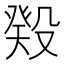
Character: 𬆬